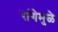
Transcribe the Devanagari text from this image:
रांगेमुळे